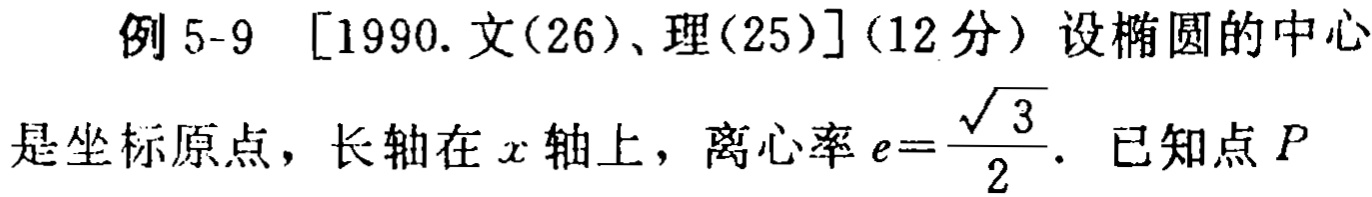
例 5-9 [1990.文(26)、理(25)](12 分) 设椭圆的中心是坐标原点，长轴在 \(x\) 轴上，离心率 \(e = \frac{\sqrt{3}}{2}\). 已知点 \(P\)